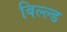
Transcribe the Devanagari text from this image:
बिल्ल्ड